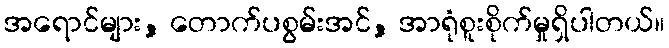
အရောင်များ, တောက်ပစွမ်းအင်, အာရုံစူးစိုက်မှုရှိပါတယ်။